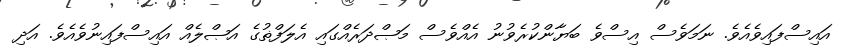
އައިސްފައިވެއެވެ. ނަމަވެސް އިސްވެ ބަޔާންކުރެވުނު އެއްވެސް މަޞްދަރެއްގައި އެލަފްޡުގެ އަޞްލެއް އައިސްފައިނުވެއެވެ. އަދި